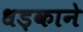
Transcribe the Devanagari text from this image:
धड़काने